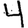
Digit: 4